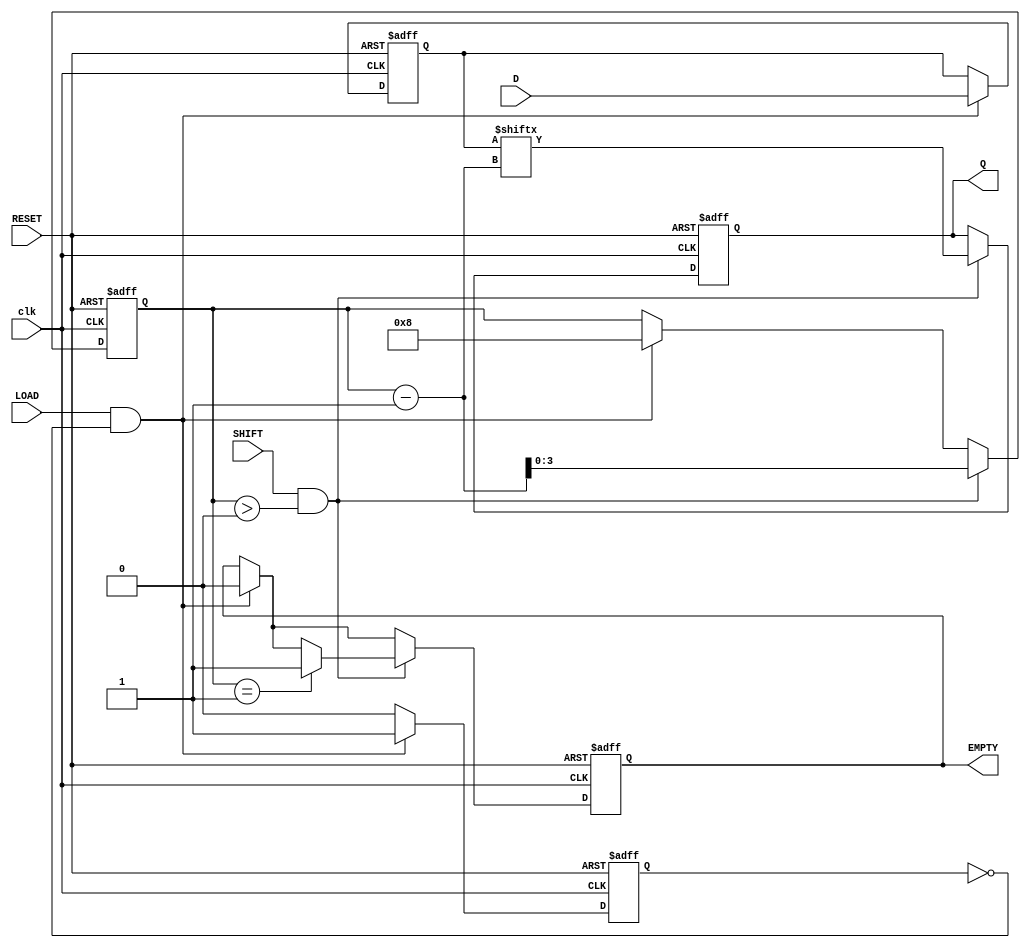
module FIFO_PISO #(
    parameter WIDTH = 8  // Define the width of the data bus
)(
    input wire [WIDTH-1:0] D,      // Parallel data input
    input wire LOAD,                // Parallel load control signal
    input wire SHIFT,               // Serial shift control signal
    input wire RESET,               // Asynchronous reset signal
    input wire clk,                 // Clock signal
    output reg Q,                   // Serial output
    output reg EMPTY                // Empty flag
);

    reg [WIDTH-1:0] register;  // Storage for the data
    reg [3:0] bit_counter;      // Counter for shifting bits out
    reg loading;                // Flag to indicate loading state

    // Asynchronous reset and loading process
    always @(posedge clk or posedge RESET) begin
        if (RESET) begin
            register <= 0;
            bit_counter <= 0;
            Q <= 0;
            EMPTY <= 1; // Initial state is empty
            loading <= 0;
        end else begin
            if (LOAD && !loading) begin // Load data if not already loading
                register <= D;         // Load parallel data
                bit_counter <= WIDTH;  // Set bit counter to WIDTH
                EMPTY <= 0;            // Set EMPTY flag to 0
                loading <= 1;          // Indicate loading state
            end else if (loading) begin
                loading <= 0;          // Exit loading state after loading
            end
            
            if (SHIFT && bit_counter > 0) begin // Shift data out if not empty
                Q <= register[bit_counter - 1]; // Output the current bit
                bit_counter <= bit_counter - 1;  // Decrement the bit counter
                if (bit_counter == 1) begin      // Check if we are done shifting
                    EMPTY <= 1;                  // Set EMPTY flag when done
                end
            end
        end
    end

endmodule